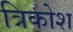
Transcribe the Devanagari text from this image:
त्रिकोश